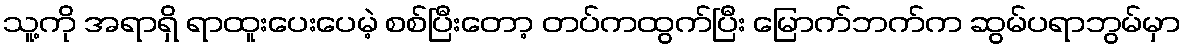
သူ့ကို အရာရှိ ရာထူးပေးပေမဲ့ စစ်ပြီးတော့ တပ်ကထွက်ပြီး မြောက်ဘက်က ဆွမ်ပရာဘွမ်မှာ